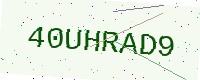
Text: 40UHRAD9